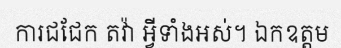
ការជជែក តវ៉ា អ្វីទាំងអស់។ ឯកឧត្តម